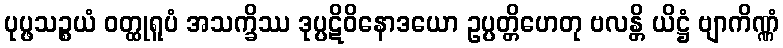
ပုပ္ဖသဉ္စယံ ဝတ္ထုရူပံ အသက္ခိဿ ဒုပ္ပဋိဝိနောဒယော ဥပ္ပတ္တိဟေတု ဗလန္တိ ယိဋ္ဌံ ဗျာကိဏ္ဏံ